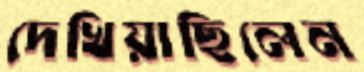
দেখিয়াছিলেন